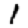
Digit: 1